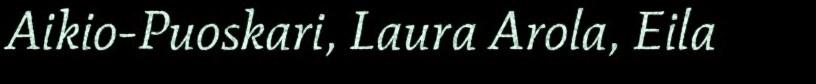
Aikio-Puoskari, Laura Arola, Eila